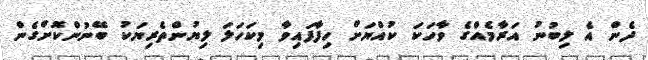
ދެން އެ ލިބުނު އަރާމެއްގެ ވާހަކަ ކުއްޔަށް ހިފާފައިވާ މިކަހަލަ ލިޔުންތެރިޔަކު ބޭނުންކޮށްގެން